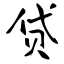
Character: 贷